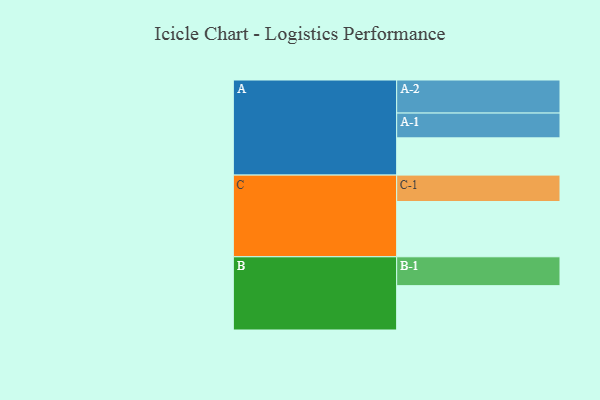
{"axis": {"x": "Segment", "y": "Value"}, "legend": ["", "A", "B", "C"], "data": [{"x": "A", "y": 330, "type": ""}, {"x": "B", "y": 393, "type": ""}, {"x": "C", "y": 490, "type": ""}, {"x": "A-1", "y": 220, "type": "A"}, {"x": "A-2", "y": 293, "type": "A"}, {"x": "B-1", "y": 256, "type": "B"}, {"x": "C-1", "y": 234, "type": "C"}]}